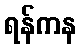
ရန်ကန